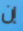
إن